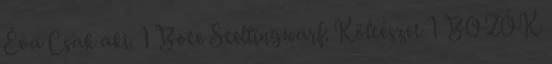
Éva Csak aki. 1 Bote Stellingwarf: Költészet 1 BOZÓK